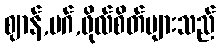
ဈာန်,မဂ်,ဖိုလ်စိတ်များသည်